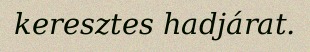
keresztes hadjárat.